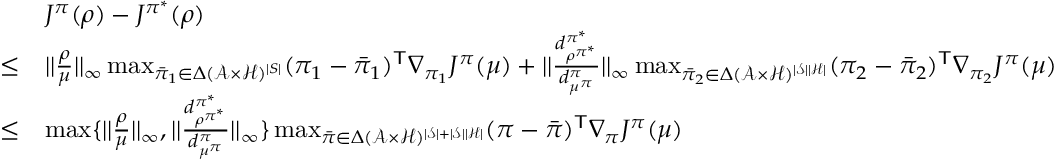
\begin{array} { r l } & { J ^ { \pi } ( \rho ) - J ^ { \pi ^ { * } } ( \rho ) } \\ { \le } & { | | \frac { \rho } { \mu } | | _ { \infty } \operatorname* { m a x } _ { \bar { \pi } _ { 1 } \in { \Delta } ( \mathcal { A } \times \mathcal { H } ) ^ { | S | } } ( \pi _ { 1 } - \bar { \pi } _ { 1 } ) ^ { \mathsf T } \nabla _ { \pi _ { 1 } } J ^ { \pi } ( \mu ) + | | \frac { d _ { \rho ^ { \pi ^ { * } } } ^ { \pi ^ { * } } } { d _ { \mu ^ { \pi } } ^ { \pi } } | | _ { \infty } \operatorname* { m a x } _ { \bar { \pi } _ { 2 } \in \Delta ( \mathcal { A } \times \mathcal { H } ) ^ { | \mathcal { S } | | \mathcal { H } | } } ( \pi _ { 2 } - \bar { \pi } _ { 2 } ) ^ { \mathsf T } \nabla _ { \pi _ { 2 } } J ^ { \pi } ( \mu ) } \\ { { \le } } & { \operatorname* { m a x } \{ | | \frac { \rho } { \mu } | | _ { \infty } , | | \frac { d _ { \rho ^ { \pi ^ { * } } } ^ { \pi ^ { * } } } { d _ { \mu ^ { \pi } } ^ { \pi } } | | _ { \infty } \} \operatorname* { m a x } _ { \bar { \pi } \in { \Delta } ( \mathcal { A } \times \mathcal { H } ) ^ { | \mathcal { S } | + | \mathcal { S } | | \mathcal { H } | } } ( \pi - \bar { \pi } ) ^ { \mathsf T } \nabla _ { \pi } J ^ { \pi } ( \mu ) } \end{array}